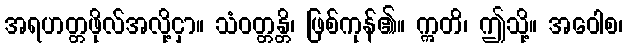
အရဟတ္တဖိုလ်အလို့ငှာ။ သံဝတ္တန္တိ၊ ဖြစ်ကုန်၏။ ဣတိ၊ ဤသို့။ အဝေါစ၊